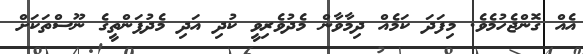
އެއް ގޮންޖެހުމެވެ. މިފަދަ ކަމެއް ދިމާވާން މެދުވެރިވީ ކުދި އަދި މެދުފަންތީގެ ނޫސްތަކަށް